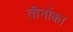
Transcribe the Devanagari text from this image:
तीनोंका